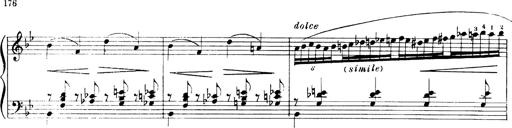
Title: Andante Finale und Marsch aus der Oper KÃ¶nig Alfred
Composer: Franz Liszt